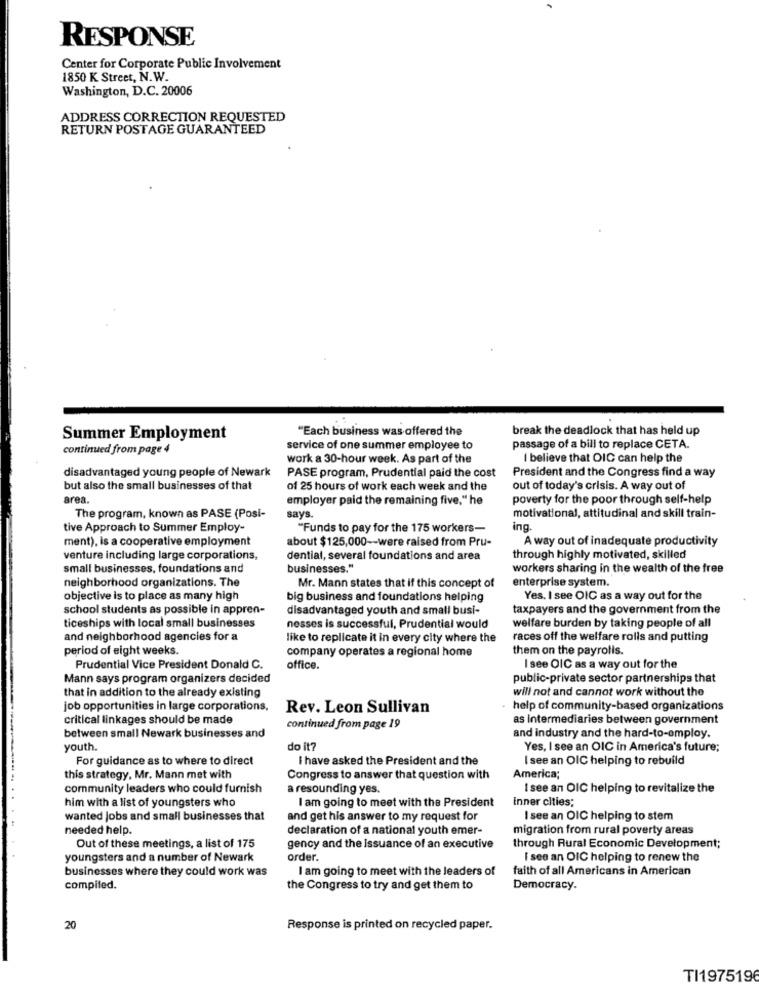
RESPONSE
Center for Corporate Public Involvement
1850 K Street, N.W.
Washington, D.C. 20006
ADDRESS CORRECTION REQUESTED
RETURN POSTAGE GUARANTEED
"Each business was offered the
break the deadlock that has held up
Summer Employment
continued from page 4
service of one summer employee to
passage of a bill to replace CETA.
work a 30-hour week. As part of the
I believe that OIC can help the
disadvantaged young people of Newark
PASE program, Prudential paid the cost
President and the Congress find a way
but also the small businesses of that
of 25 hours of work each week and the
out of today's crisis. A way out of
area.
employer paid the remaining five," he
poverty for the poor through self-help
The program, known as PASE (Posi-
says.
motivational, attitudinal and skill train-
tive Approach to Summer Employ-
"Funds to pay for the 175 workers-
ing
ment), is a cooperative employment
about $125,000 -- were raised from Pru-
A way out of inadequate productivity
venture including large corporations,
dential, several foundations and area
through highly motivated, skilled
small businesses, foundations and
businesses."
workers sharing in the wealth of the free
neighborhood organizations. The
enterprise system.
Mr. Mann states that if this concept of
objective is to place as many high
big business and foundations helping
Yes. I see OIC as a way out for the
school students as possible in appren-
disadvantaged youth and small busi-
taxpayers and the government from the
ticeships with local small businesses
nesses is successful, Prudential would
welfare burden by taking people of all
and neighborhood agencies for a
like to replicate it in every city where the
races off the welfare rolls and putting
period of eight weeks.
company operates a regional home
them on the payrolls.
Prudential Vice President Donald C.
office.
I see OIC as a way out for the
Mann says program organizers decided
public-private sector partnerships that
will not and cannot work without the
that in addition to the already existing
job opportunities in large corporations.
Rev. Leon Sullivan
help of community-based organizations
critical linkages should be made
as Intermediaries between government
continued from page 19
between small Newark businesses and
and industry and the hard-to-employ.
youth.
do it?
Yes, I see an OIC in America's future;
For guidance as to where to direct
I have asked the President and the
I see an OIC helping to rebuild
this strategy, Mr. Mann met with
Congress to answer that question with
America;
community leaders who could furnish
a resounding yes.
I see an OIC helping to revitalize the
him with a list of youngsters who
I am going to meet with the President
inner cities;
wanted jobs and small businesses that
and get his answer to my request for
I see an OIC helping to stem
needed help.
declaration of a national youth emer-
migration from rural poverty areas
Out of these meetings, a list of 175
gency and the Issuance of an executive
through Rural Economic Development;
youngsters and a number of Newark
order.
I see an OIC helping to renew the
businesses where they could work was
I am going to meet with the leaders of
faith of all Americans in American
compiled.
the Congress to try and get them to
Democracy.
20
Response is printed on recycled paper.
TI1975196